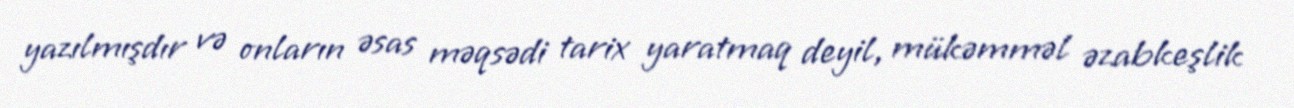
yazılmışdır və onların əsas məqsədi tarix yaratmaq deyil, mükəmməl əzabkeşlik